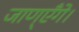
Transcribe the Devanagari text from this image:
जाण्‌एँगे।